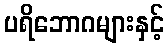
ပရိဘောဂများနှင့်